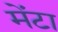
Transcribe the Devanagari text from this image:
मेंटा